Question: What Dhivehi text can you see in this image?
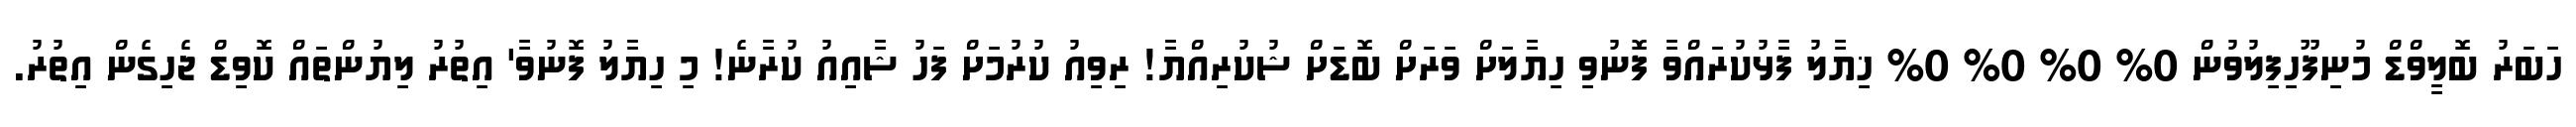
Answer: ހަބަރު ބޮލީވްޑް މުނިފޫހިފިލުވުން 0% 0% 0% 0% ޚިޔާލު ފާޅުކުރައްވާ ފޮނުވި ހިޔާލަށް ވަރަށް ބޮޑަށް ޝުކުރިއްޔާ! ރިވިއު ކުރުމަށް ފަހު ޝާއިއު ކުރާނެ! މި ހިޔާލު ފޮނުވާ' އިތުރު ލިޔުންތައް ކޮވިޑް ޖެހިގެން އިތުރު.